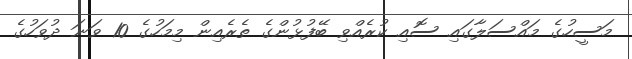
މަސީހުގެ މައްސަލާގައި ސޮއި ކުރެއްވި ބޭފުޅުންގެ ތެރެއިން މިމަހުގެ 10 ވަނަ ދުވަހުގެ